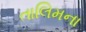
તાલિમના